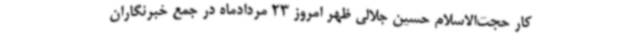
کار حجت‌الاسلام حسین جلالی ظهر امروز 23 مردادماه در جمع خبرنگاران